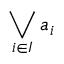
\bigvee _ { i \in I } a _ { i }